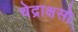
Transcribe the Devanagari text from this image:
चेद्राक्षसो